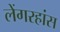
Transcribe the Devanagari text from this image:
लेंगरहांस